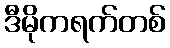
ဒီမိုကရက်တစ်